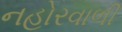
નહોરવાળી